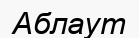
Аблаут